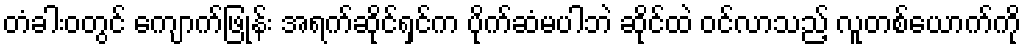
တံခါးဝတွင် ကျောက်ဖြုန်း အရက်ဆိုင်ရှင်က ပိုက်ဆံမပါဘဲ ဆိုင်ထဲ ဝင်လာသည့် လူတစ်ယောက်ကို